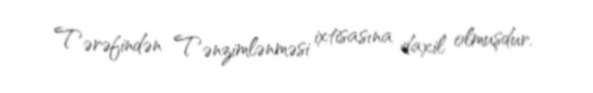
Tərəfindən Tənzimlənməsi ixtisasına daxil olmuşdur.